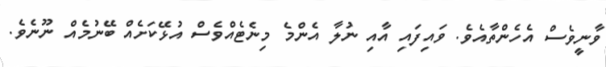
ވާނީވެސް އެހެންތާއެވެ. ވައިފައި އާއި ނުލާ އެންމެ މިނެޓެއްވެސް އުޅޭކަށެއް ބޭނުމެއް ނޫނެވެ.